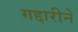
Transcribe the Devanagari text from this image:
गद्दारीने